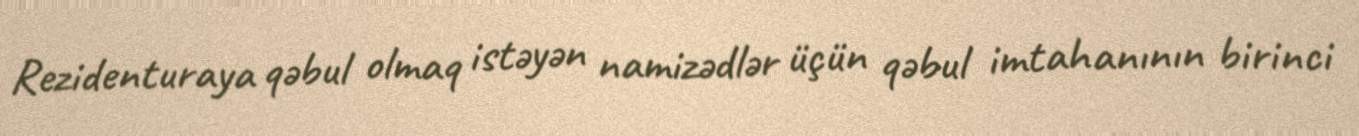
Rezidenturaya qəbul olmaq istəyən namizədlər üçün qəbul imtahanının birinci